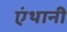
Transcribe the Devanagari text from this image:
एंथानी